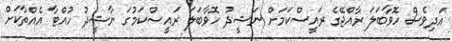
އަދިވެސް ހޮވާބަލަ ރާއްޖޭގެ ރައީސްކަމަށް ނަޝީދު ހޮވާބަލަ ރައީސްކަމުގަ ނާޝީދު ހުއްޓާ އެއްތާކަށް